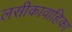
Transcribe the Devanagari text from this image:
लसीकावाहिका